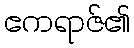
ဧကရာဇ်၏